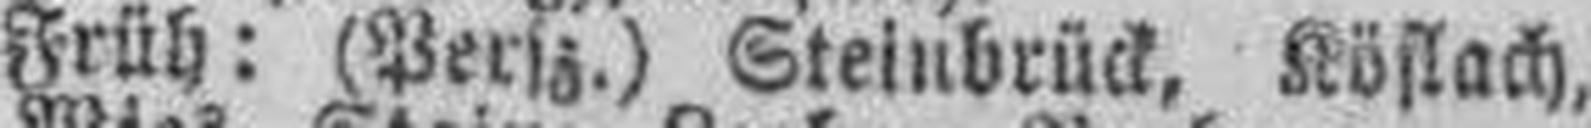
8.— Früh: (Persz.) Steinbrück, Köflach,